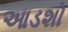
આડશો